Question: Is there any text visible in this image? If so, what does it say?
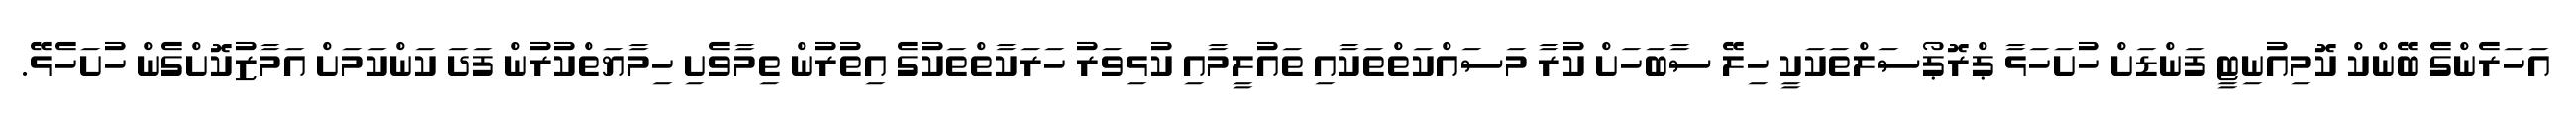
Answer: އަހަރެންގެ ބޭންކް ކޮމިއުނިޓީ ފަންޑަށް ހުށަހަޅާ ޕްރޮޕޯސަލްތަކަކީ ހިލޭ ސާބަހަށް ކުރާ މަސައްކަތްތަކާއި ތައުލީމާއި ކުޅިވަރު ހަރަކާތްތަކުގެ އިތުރުން ތިމާވެށި ހިމާޔަތްކުރުން ފަދަ ކަންކަމަށް އަމާޒުކޮށްގެން ހުށަހެޅޭ.